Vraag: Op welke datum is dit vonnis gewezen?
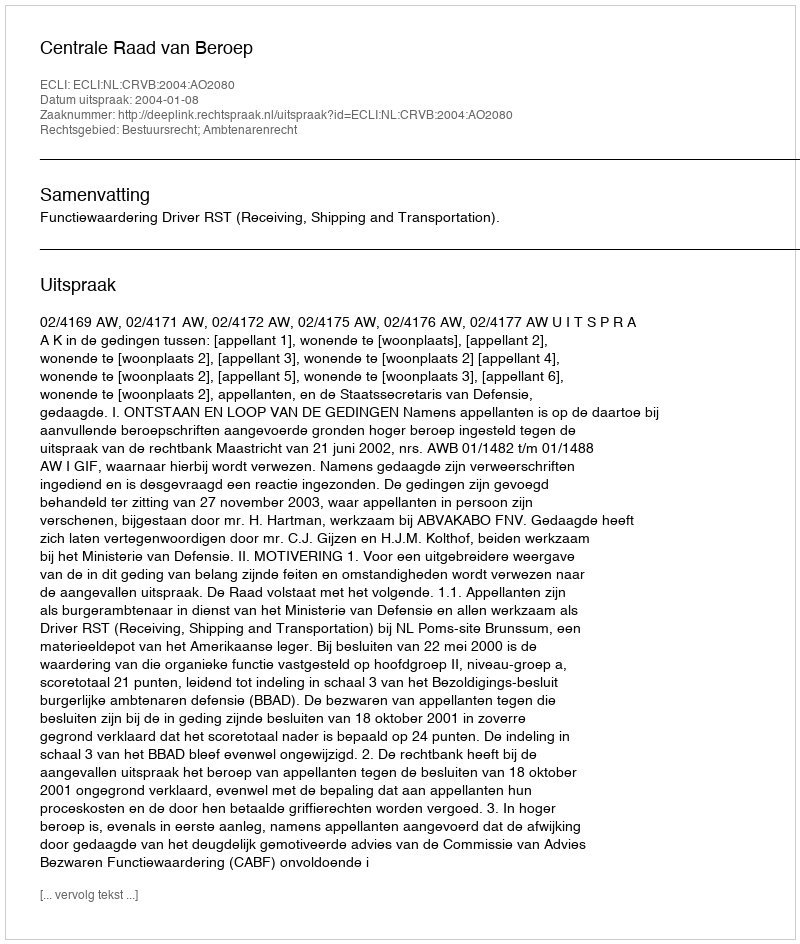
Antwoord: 2004-01-08